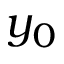
y _ { 0 }